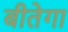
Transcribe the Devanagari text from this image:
बीतेगा